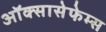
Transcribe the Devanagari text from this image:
ऑक्सासेफेम्स